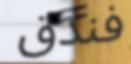
فندق